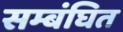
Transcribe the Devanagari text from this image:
सम्बंघित